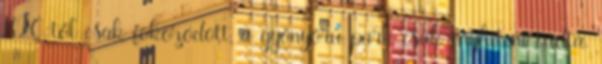
KFC-től csak fokozódott, a gyönyörű park csak enyhíteni tudta,